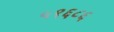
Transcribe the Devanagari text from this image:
५९६८६